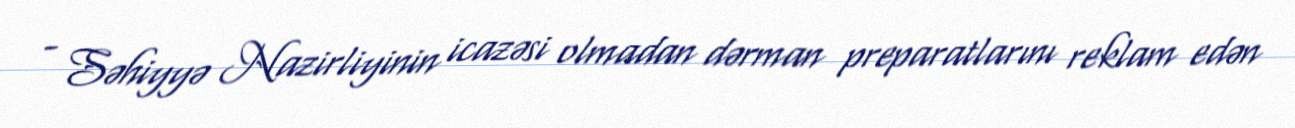
- Səhiyyə Nazirliyinin icazəsi olmadan dərman preparatlarını reklam edən